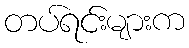
တပ်ရင်းများက